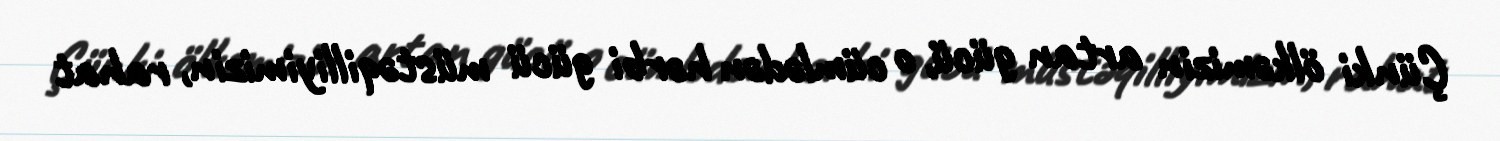
Çünki ölkəmizin artan gücü, o cümlədən hərbi gücü müstəqilliyimizin, rahat